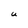
Character: U